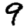
Digit: 9